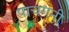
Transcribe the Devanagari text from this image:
पाचगनी